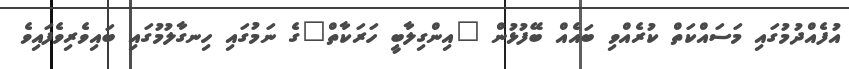
އުފެއްދުމުގައި މަސައްކަތް ކުރެއްވި ބައެއް ބޭފުޅުން "އިންގިލާބީ ހަރަކާތް"ގެ ނަމުގައި ހިނގާލުމުގައި ބައިވެރިވެފައިވެ